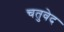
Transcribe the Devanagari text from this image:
चतुवेद